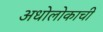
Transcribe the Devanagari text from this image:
अधोलोकाची